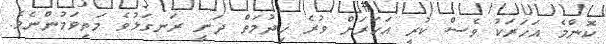
ކޮންމެ އަހަރަކު ވެސް ކުރީ އަހަރަށް ވުރެ ޚިދުމަތް ދަނީ ރަނގަޅުވެ މަތިވަމުންނެވެ.